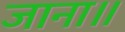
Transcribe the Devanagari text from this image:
जाना॥